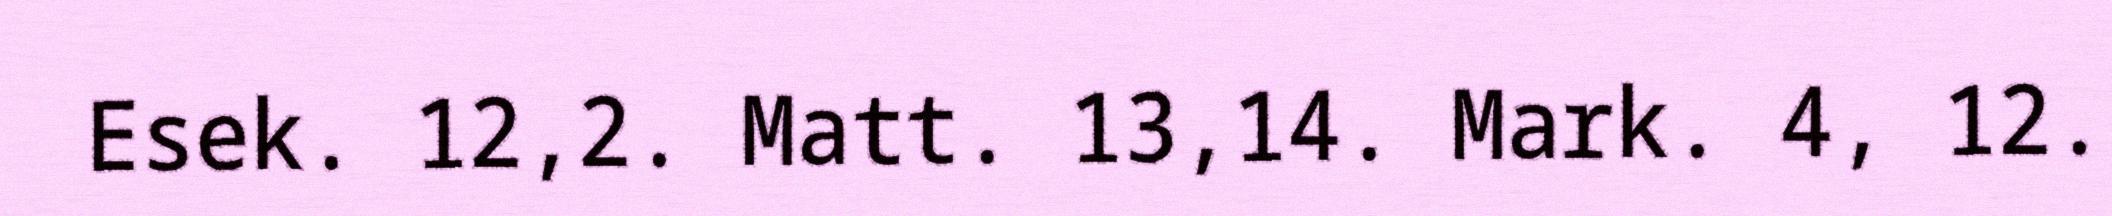
Esek. 12,2. Matt. 13,14. Mark. 4, 12.